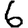
Digit: 6